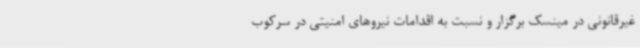
غیرقانونی در مینسک برگزار و نسبت به اقدامات نیروهای امنیتی در سرکوب